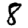
Digit: 8